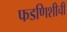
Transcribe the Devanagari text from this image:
फडणिशीची